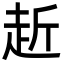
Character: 赾